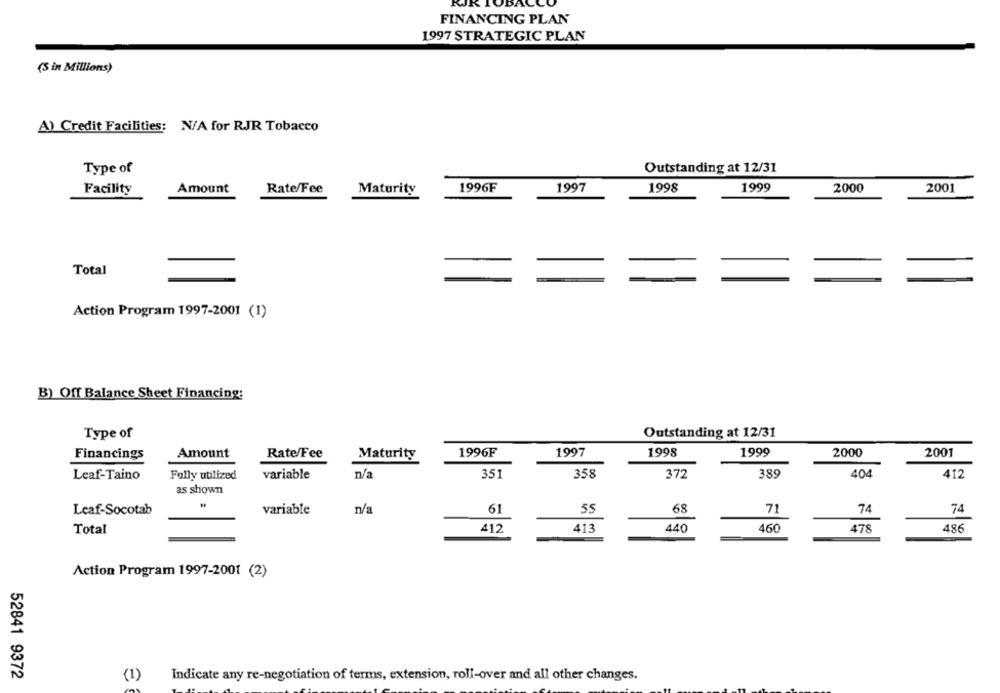
AC
FINANCING PLAN
1997 STRATEGIC PLAN
(S in Millions)
A) Credit Facilities: N/A for RJR Tobacco
Type of
Outstanding at 12/31
Facility
Amount
Rate/Fee
Maturity
1996F
1997
1998
1999
2000
2001
Total
Action Program 1997-2001 (1)
B) Off Balance Sheet Financing:
Type of
Outstanding at 12/31
Financings
Amount
Rate/Fee
Maturity
1996F
1997
1998
1999
2000
2001
Leaf-Taino
Fully utilized
variable
n/a
351
358
372
389
404
412
as shown
Leaf-Socotab
variable
n/a
61
55
68
71
74
74
486
Total
412
413
440
460
478
Action Program 1997-2001 (2)
52841 9372
(1)
Indicate any re-negotiation of terms, extension, roll-over and all other changes.